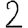
Digit: 2